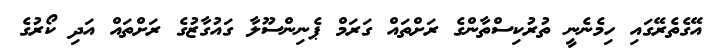
އޭގެތެރޭގައި ހިމެނެނީ ތުރުކިސްތާންގެ ރަށްތައް ގަރަމް ޕެނިންސޫލާ ގައުގާޒުގެ ރަށްތައް އަދި ކޯރުގެ